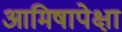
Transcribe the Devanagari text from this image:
आमिषापेक्षा